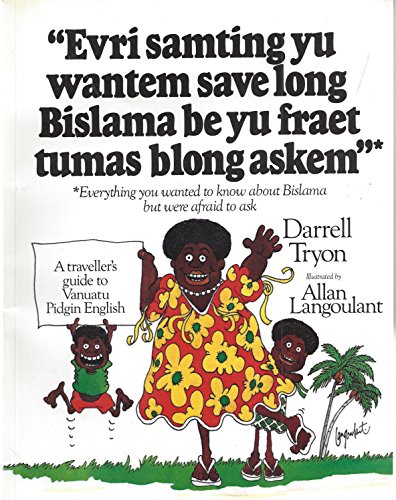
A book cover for Let's Talk Bislama - Evri Samting Yu Wantem Save Long Bislama Be Yu Fraet Tumas Blong Askem - Everything You Wanted to Know About Bislama but Were Afraid to Ask - A Traveller's Guide to Vanuatu Pidgin; Darrell Tryon; Travel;